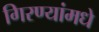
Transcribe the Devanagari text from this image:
गिरण्यांमधे